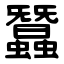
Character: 蠶